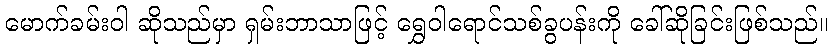
မောက်ခမ်းဝါ ဆိုသည်မှာ ရှမ်းဘာသာဖြင့် ရွှေဝါရောင်သစ်ခွပန်းကို ခေါ်ဆိုခြင်းဖြစ်သည်။